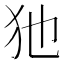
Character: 𤜣